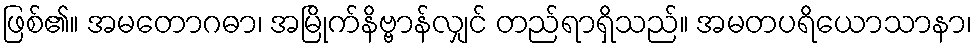
ဖြစ်၏။ အမတောဂဓာ၊ အမြိုက်နိဗ္ဗာန်လျှင် တည်ရာရှိသည်။ အမတပရိယောသာနာ၊